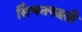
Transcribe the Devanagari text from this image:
सिंचनपद्धती